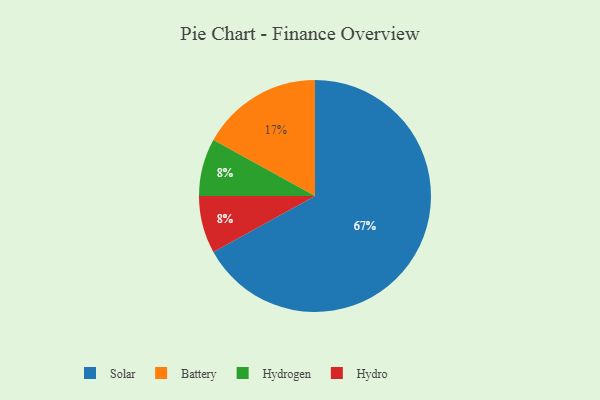
{"axis": {"x": "Category", "y": "Percentage"}, "legend": ["Battery", "Hydro", "Hydrogen", "Solar"], "data": [{"x": "Solar", "y": 67, "type": "Solar"}, {"x": "Hydrogen", "y": 8, "type": "Hydrogen"}, {"x": "Battery", "y": 17, "type": "Battery"}, {"x": "Hydro", "y": 8, "type": "Hydro"}]}